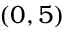
( 0 , 5 )